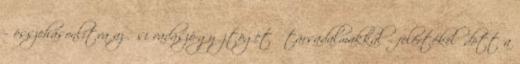
– összehasonlítva az ősi vadászó-gyűjtögető társadalmakkal – felértékelődött a